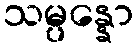
သမ္ပန္နော